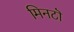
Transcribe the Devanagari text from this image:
मिनटॊ